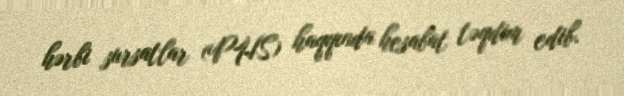
hərbi sursatlar (PHS) haqqında hesabat təqdim edib.